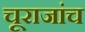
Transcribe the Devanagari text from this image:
चूराजांच